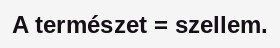
A természet = szellem.